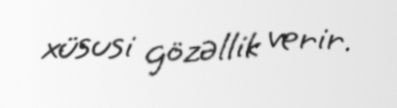
xüsusi gözəllik verir.